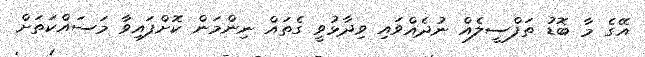
އޭގެ މާ ބޮޑު ތަފްސީލެއް ނުދެއްވައި ވިދާޅުވީ ގެތައް ނިންމަން ކޮށްފައިވާ މަސައްކަތަށް